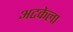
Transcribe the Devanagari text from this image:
अटकेला